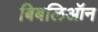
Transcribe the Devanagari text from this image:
बिबलिऑन